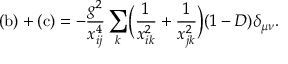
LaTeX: \mathrm { ( b ) } + \mathrm { ( c ) } = - \frac { g ^ { 2 } } { x _ { i j } ^ { 4 } } \sum _ { k } \Bigl ( \frac { 1 } { x _ { i k } ^ { 2 } } + \frac { 1 } { x _ { j k } ^ { 2 } } \Bigr ) ( 1 - D ) \delta _ { \mu \nu } .